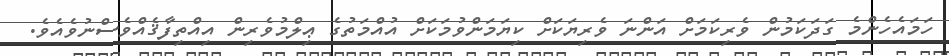
ހަމައެހެންމެ ގަދަކަމުން ވެރިކަމަށް އަންނަ ވެރިޔަކަށް ކިޔަމަންވުމަކަށް އުއްމަތުގެ ޢިލްމުވެރިން އިއްތިފާޤެއްވެސްނުވެއެވެ.